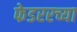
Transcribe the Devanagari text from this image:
फेडररच्या